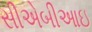
સીએબીઆઇ